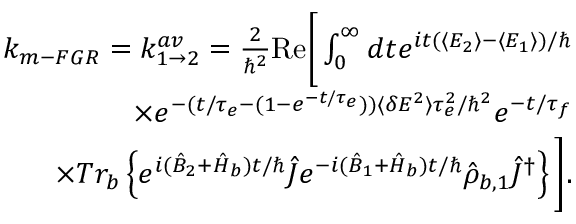
\begin{array} { r l r } & { } & { k _ { m - F G R } = k _ { 1 \rightarrow 2 } ^ { a v } = \frac { 2 } { \hbar ^ { 2 } } \mathrm { R e } \Bigg [ \int _ { 0 } ^ { \infty } d t e ^ { i t ( \langle E _ { 2 } \rangle - \langle E _ { 1 } \rangle ) / \hbar } } \\ & { } & { \times e ^ { - ( t / \tau _ { e } - ( 1 - e ^ { - t / \tau _ { e } } ) ) \langle \delta E ^ { 2 } \rangle \tau _ { e } ^ { 2 } / \hbar ^ { 2 } } e ^ { - t / \tau _ { f } } } \\ & { } & { \times T r _ { b } \left\{ e ^ { i ( \hat { B } _ { 2 } + \hat { H } _ { b } ) t / \hbar } \hat { J } e ^ { - i ( \hat { B } _ { 1 } + \hat { H } _ { b } ) t / \hbar } \hat { \rho } _ { b , 1 } \hat { J } ^ { \dagger } \right\} \Bigg ] . } \end{array}